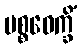
ပစ္စဝေက္ခိံ